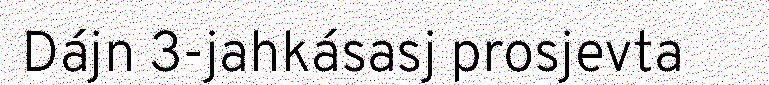
Dájn 3-jahkásasj prosjevta